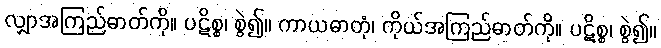
လျှာအကြည်ဓာတ်ကို။ ပဋိစ္စ၊ စွဲ၍။ ကာယဓာတုံ၊ ကိုယ်အကြည်ဓာတ်ကို။ ပဋိစ္စ၊ စွဲ၍။